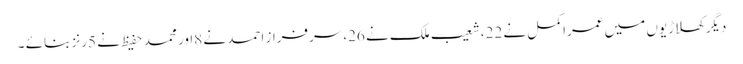
دیگرکھلاڑیوں میں عمراکمل نے 22،شعیب ملک نے 26،سرفراز احمد نے 8اور محمد حفیظ نے 5رنز بنائے ۔